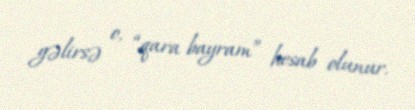
gəlirsə o, “qara bayram” hesab olunur.